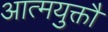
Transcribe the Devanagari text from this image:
आत्मयुक्तौ